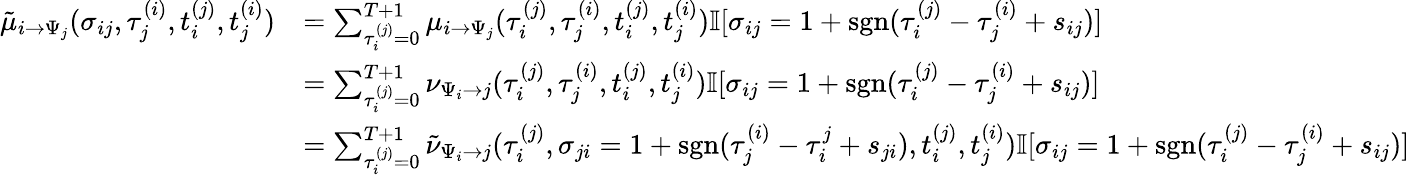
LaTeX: \begin{array}{r}{\begin{array}{rl}{\tilde{\mu}_{i\to\Psi_{j}}(\sigma_{ij},\tau_{j}^{(i)},t_{i}^{(j)},t_{j}^{(i)})}&{=\sum_{\tau_{i}^{(j)}=0}^{{T+1}}\mu_{i\to\Psi_{j}}(\tau_{i}^{(j)},\tau_{j}^{(i)},t_{i}^{(j)},t_{j}^{(i)})\mathbb{I}[\sigma_{ij}=1+\mathrm{sgn}(\tau_{i}^{(j)}-\tau_{j}^{(i)}+s_{ij})]}\\ &{=\sum_{\tau_{i}^{(j)}=0}^{{T+1}}\nu_{\Psi_{i}\to j}(\tau_{i}^{(j)},\tau_{j}^{(i)},t_{i}^{(j)},t_{j}^{(i)})\mathbb{I}[\sigma_{ij}=1+\mathrm{sgn}(\tau_{i}^{(j)}-\tau_{j}^{(i)}+s_{ij})]}\\ &{=\sum_{\tau_{i}^{(j)}=0}^{{T+1}}\tilde{\nu}_{\Psi_{i}\to j}(\tau_{i}^{(j)},\sigma_{ji}=1+\mathrm{sgn}(\tau_{j}^{(i)}-\tau_{i}^{j}+s_{ji}),t_{i}^{(j)},t_{j}^{(i)})\mathbb{I}[\sigma_{ij}=1+\mathrm{sgn}(\tau_{i}^{(j)}-\tau_{j}^{(i)}+s_{ij})]}\end{array}}\end{array}